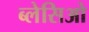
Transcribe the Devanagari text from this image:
ब्लेसिओ